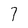
Character: 7